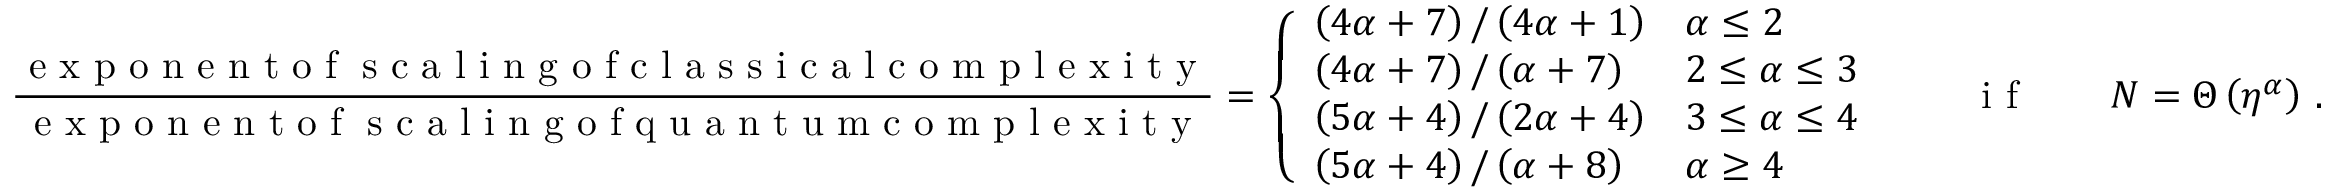
\frac { \textrm { e x p o n e n t o f \eta s c a l i n g o f c l a s s i c a l c o m p l e x i t y } } { \textrm { e x p o n e n t o f \eta s c a l i n g o f q u a n t u m c o m p l e x i t y } } = \left\{ \begin{array} { l l } { \left( 4 \alpha + 7 \right) / \left( 4 \alpha + 1 \right) } & { \alpha \leq 2 } \\ { \left( 4 \alpha + 7 \right) / \left( \alpha + 7 \right) } & { 2 \leq \alpha \leq 3 } \\ { \left( 5 \alpha + 4 \right) / \left( 2 \alpha + 4 \right) } & { 3 \leq \alpha \leq 4 } \\ { \left( 5 \alpha + 4 \right) / \left( \alpha + 8 \right) } & { \alpha \geq 4 } \end{array} \right. \qquad \textrm { i f } \qquad N = \Theta \left( \eta ^ { \alpha } \right) \, .